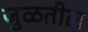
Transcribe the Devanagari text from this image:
जुळतील